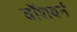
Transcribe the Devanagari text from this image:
वॉशबर्न